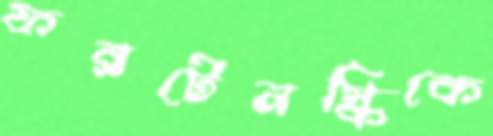
ফরটেনস্কিকে